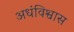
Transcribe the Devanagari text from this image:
अधंविश्वास